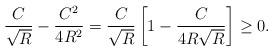
LaTeX: \begin{align*}\frac{C}{\sqrt{R}} - \frac{C^2}{4R^2} = \frac{C}{\sqrt{R}} \left[1 - \frac{C}{4R \sqrt{R}}\right] \geq 0.\end{align*}